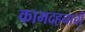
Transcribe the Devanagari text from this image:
कामदहनाची